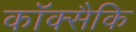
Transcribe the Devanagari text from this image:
कॉक्सैकि